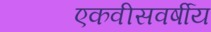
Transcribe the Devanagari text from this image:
एकवीसवर्षीय